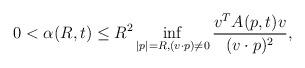
LaTeX: \begin{align*} 0 < \alpha(R, t) \leq R^2 \inf_{|p|=R, (v \cdot p) \neq 0} \frac{v^{T}A(p, t)v}{(v \cdot p)^2},\end{align*}